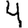
Digit: 4